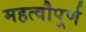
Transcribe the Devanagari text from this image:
महत्वौपूर्ण